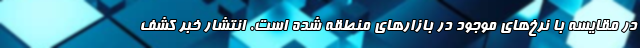
در مقایسه با نرخ‌های موجود در بازارهای منطقه شده است. انتشار خبر کشف